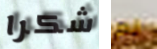
شكرا لم